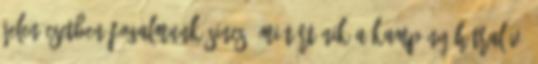
Jelen esetben fogalmunk sincs, mi történik a kampány hátralévő